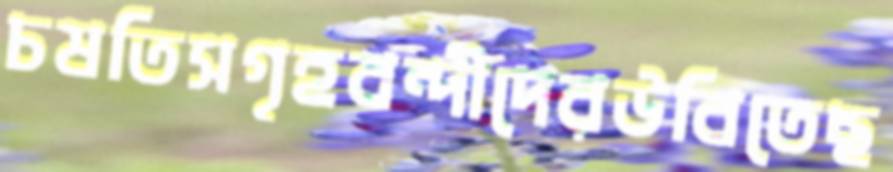
চষতিসগৃহবন্দীদেরউবিতেছ